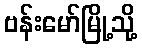
ဗန်းမော်မြို့သို့